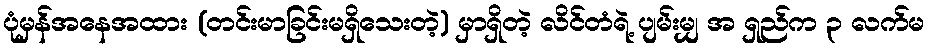
ပုံမှန်အနေအထား (တင်းမာခြင်းမရှိသေးတဲ့) မှာရှိတဲ့ လိင်တံရဲ့ ပျမ်းမျှ အ ရှည်က ၃ လက်မ